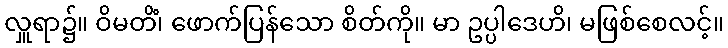
လှူရာ၌။ ဝိမတိံ၊ ဖောက်ပြန်သော စိတ်ကို။ မာ ဥပ္ပါဒေဟိ၊ မဖြစ်စေလင့်။